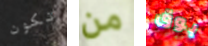
تكون من بوق